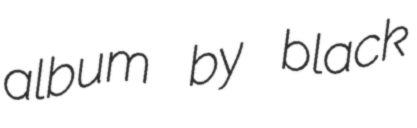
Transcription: album by black